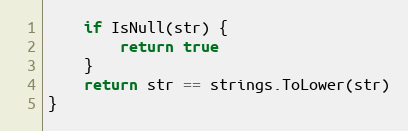
Language: Go
	if IsNull(str) {
		return true
	}
	return str == strings.ToLower(str)
}